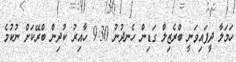
ހަމަލާ ދީފައިވަނީ ބްރެޒިލް ގަޑިން ހެނދުނު 9:30 ހާއިރު ކުދިން ބްރޭކަށް ނުކުމެ